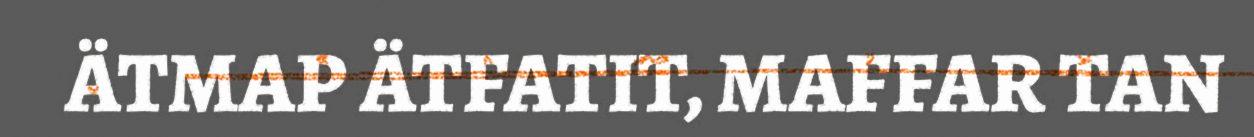
ÄTMAP ÄTFATIT, MAFFAR TAN